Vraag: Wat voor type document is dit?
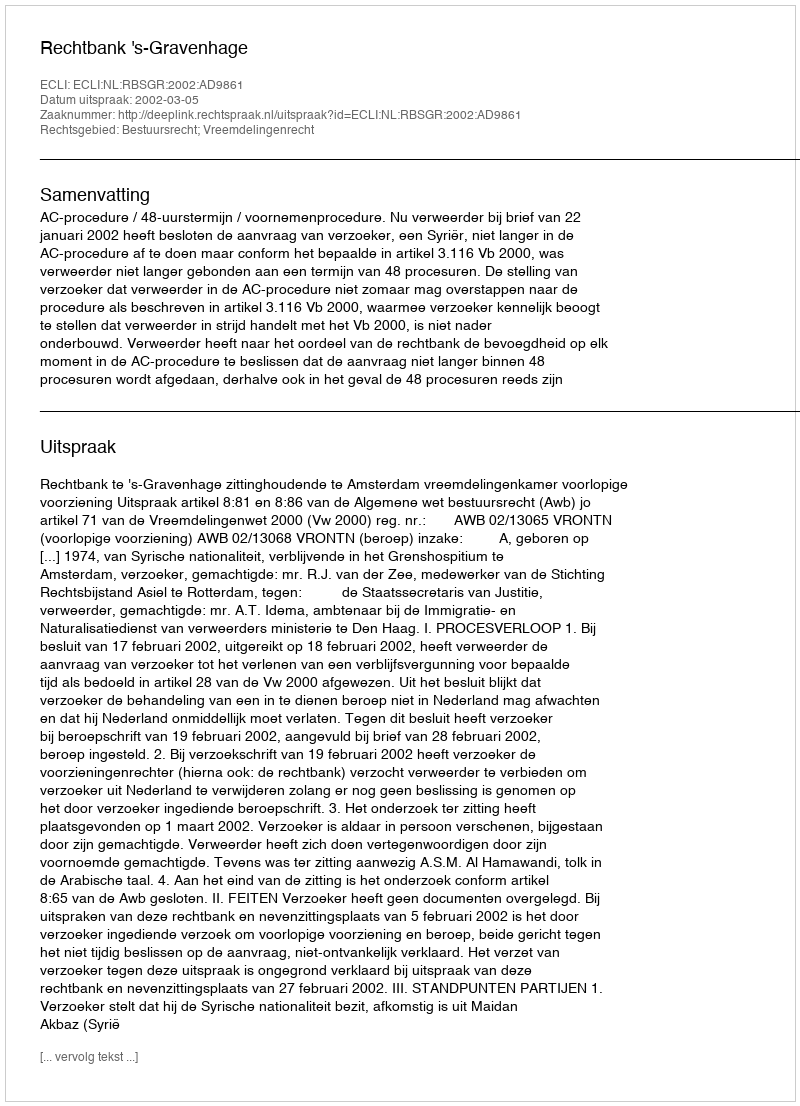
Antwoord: Uitspraak